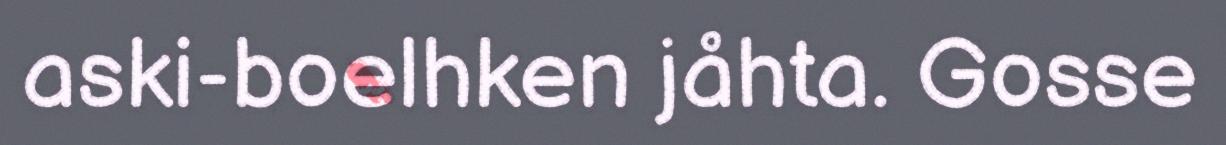
aski-boelhken jåhta. Gosse